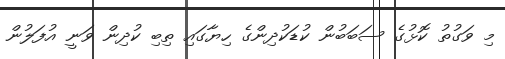
މި ވަގުތު ކޮޅުގެ ސަބަބުން ކުޑަކުދިންގެ ހިޔާގައި ތިބި ކުދިން ވަނީ އުފަލުން